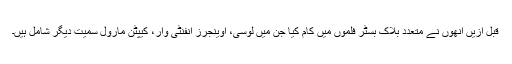
قبل ازیں انھوں نے متعدد بلاک بسٹر فلموں میں کام کیا جن میں لوسی، اوینجرز انفنٹی وار، کیپٹن مارول سمیت دیگر شامل ہیں۔